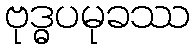
ဗုဒ္ဓပမုခဿ